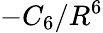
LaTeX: -C_{6}/R^{6}